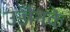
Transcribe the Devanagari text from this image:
उज्जैनके